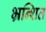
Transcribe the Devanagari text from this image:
भ्रन्शित